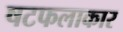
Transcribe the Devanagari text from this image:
षटफलाकार